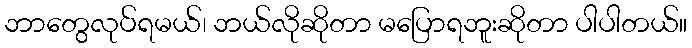
ဘာတွေလုပ်ရမယ်၊ ဘယ်လိုဆိုတာ မပြောရဘူးဆိုတာ ပါပါတယ်။